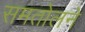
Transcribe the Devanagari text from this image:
समतोलने